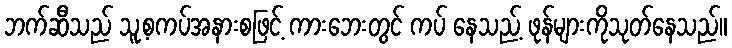
ဘက်ဆီသည် သူ့စကပ်အနားစဖြင့် ကားဘေးတွင် ကပ် နေသည့် ဖုန်များကိုသုတ်နေသည်။